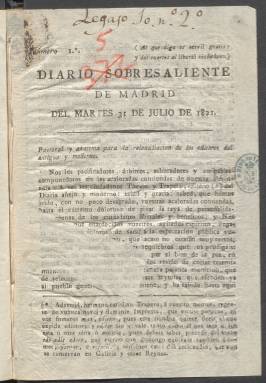
Título: Diario sobresaliente de Madrid
Colección: Periódicos anteriores a 1850
Ámbito geográfico: Madrid
Lugar de publicación: Madrid
Fechas: 31/07/1821-31/07/1821